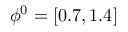
\phi ^ { 0 } = [ 0 . 7 , 1 . 4 ]